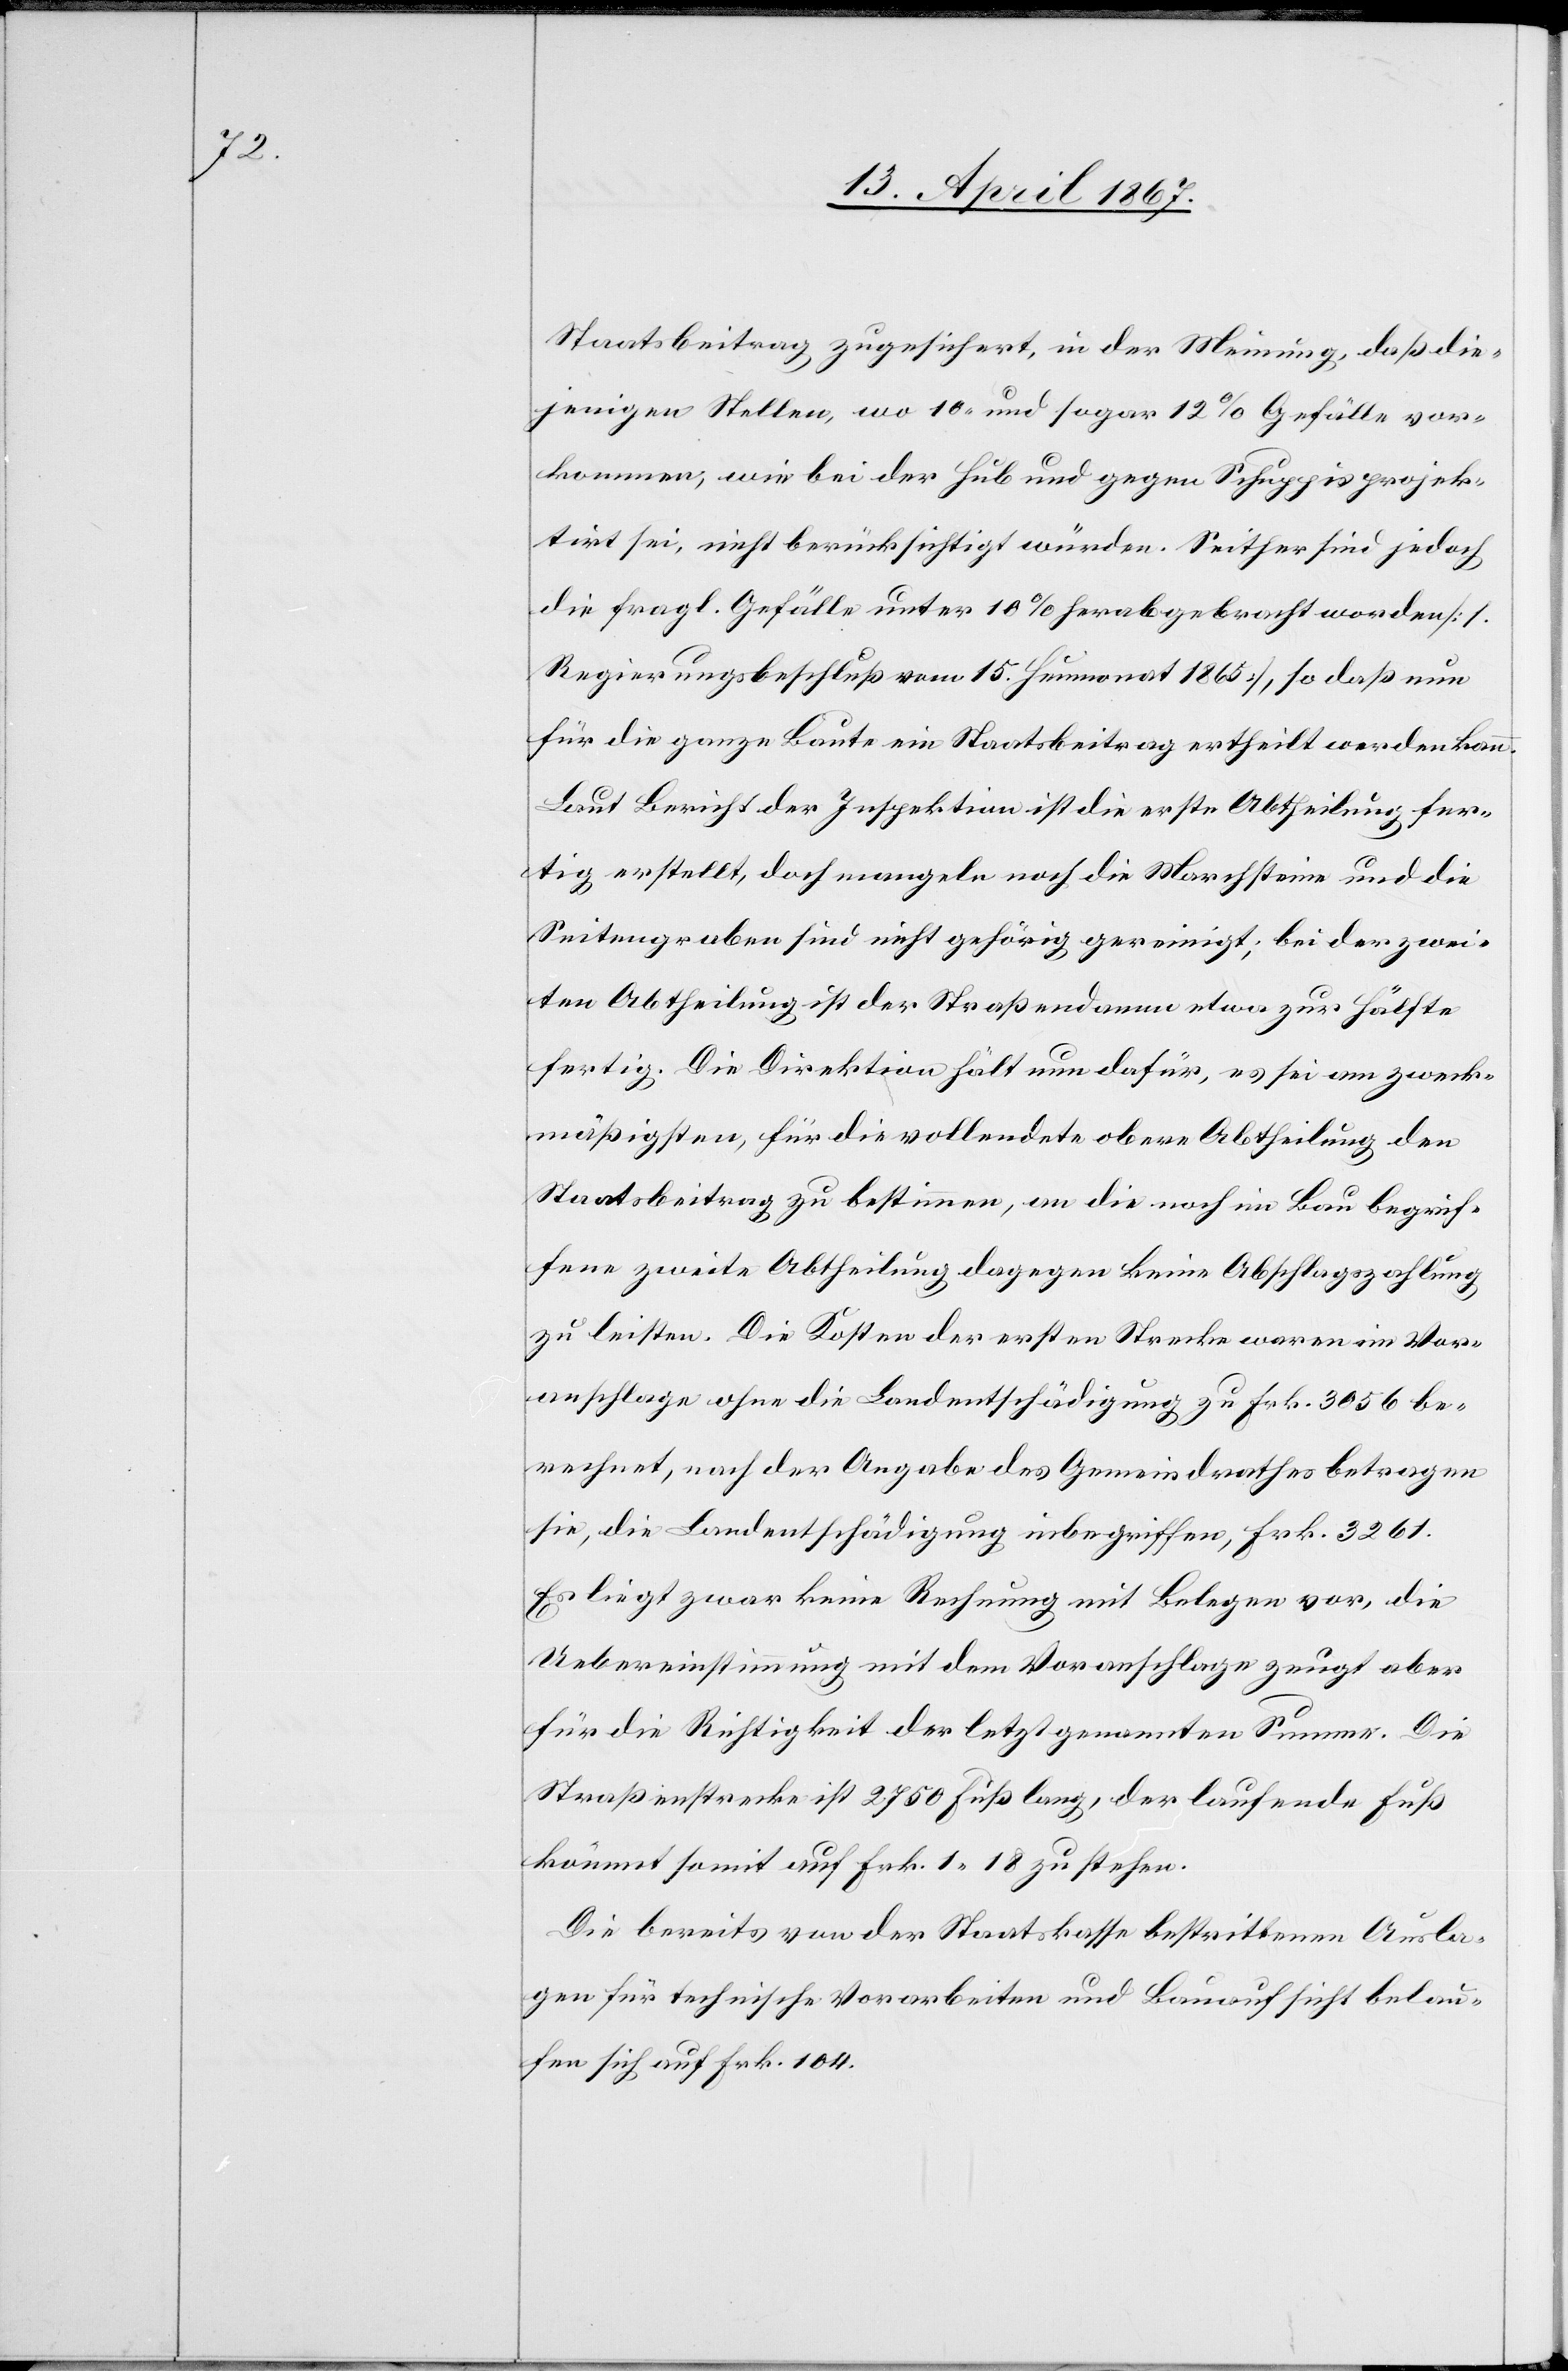
Staatsbeitrag zugesichert, in der Meinung, daß die¬
jenigen Stellen, wo 10 und sogar 12% Gefälle vor¬
kommen, wie bei der Hub und gegen Schuppis projek¬
tirt sei, nicht berücksichtigt würden. Seither sind jedoch
die fragl. Gefälle unter 10% herabgebracht worden [l.
Regierungsbeschluß vom 15. Heumonat 1865], so daß nun
für die ganze Baute ein Staatsbeitrag ertheilt werden kann.
Laut Bericht der Inspektion ist die erste Abtheilung fer¬
tig erstellt, doch mangeln noch die Marchsteine und die
Seitengraben sind nicht gehörig gereinigt; bei der zwei¬
ten Abtheilung ist der Straßendamm etwa zur Hälfte
fertig. Die Direktion hält nun dafür, es sei am zweck¬
mäßigsten, für die vollendete obere Abtheilung den
Staatsbeitrag zu bestimmen, an die noch in Bau begrif¬
fene zweite Abtheilung dagegen keine Abschlagszahlung
zu leisten. Die Kosten der ersten Strecke waren im Vor¬
anschlage ohne die Landentschädigung zu Frk. 3056 be¬
rechnet, nach der Angabe des Gemeindrathes betragen
sie, die Landentschädigungen inbegriffen, Frk. 3261.
Es liegt zwar keine Rechnung mit Belegen vor, die
Uebereinstimmung mit dem Voranschlage zeugt aber
für die Richtigkeit der letzt genannten Summe. Die
Straßenstrecke ist 2750 Fuß lang, der laufende Fuß
kömmt somit auf Frk. 1,18 zu stehen.
Die bereits von der Staatskasse bestrittenen Ausla¬
gen für technische Vorarbeiten und Bauaufsicht belau¬
fen sich auf Frk. 104.